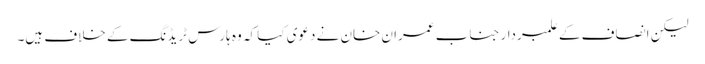
لیکن انصاف کے علمبردار جناب عمران خان نے دعوی کیا کہ وہ ہارس ٹریڈنگ کے خلاف ہیں۔